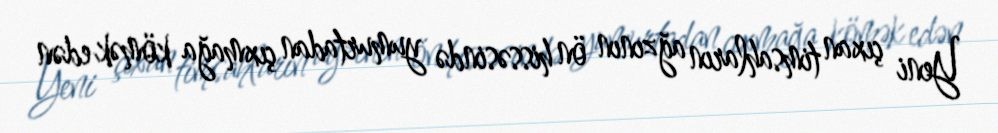
Yeni çıxan timsahların ağzının ön hissəsində yumurtadan çıxmağa kömək edən